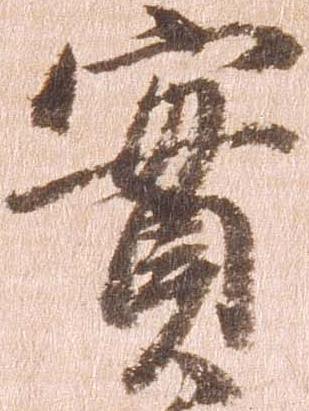
実